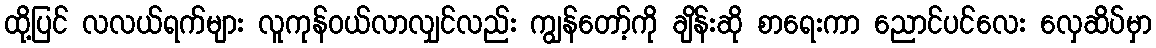
ထို့ပြင် လလယ်ရက်များ လူကုန်ဝယ်လာလျှင်လည်း ကျွန်တော့်ကို ချိန်းဆို စာရေးကာ ညောင်ပင်လေး လှေဆိပ်မှာ